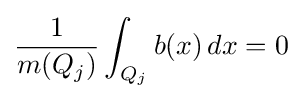
{\frac {1}{m(Q_{j})}}\int _{Q_{j}}b(x)\,dx=0